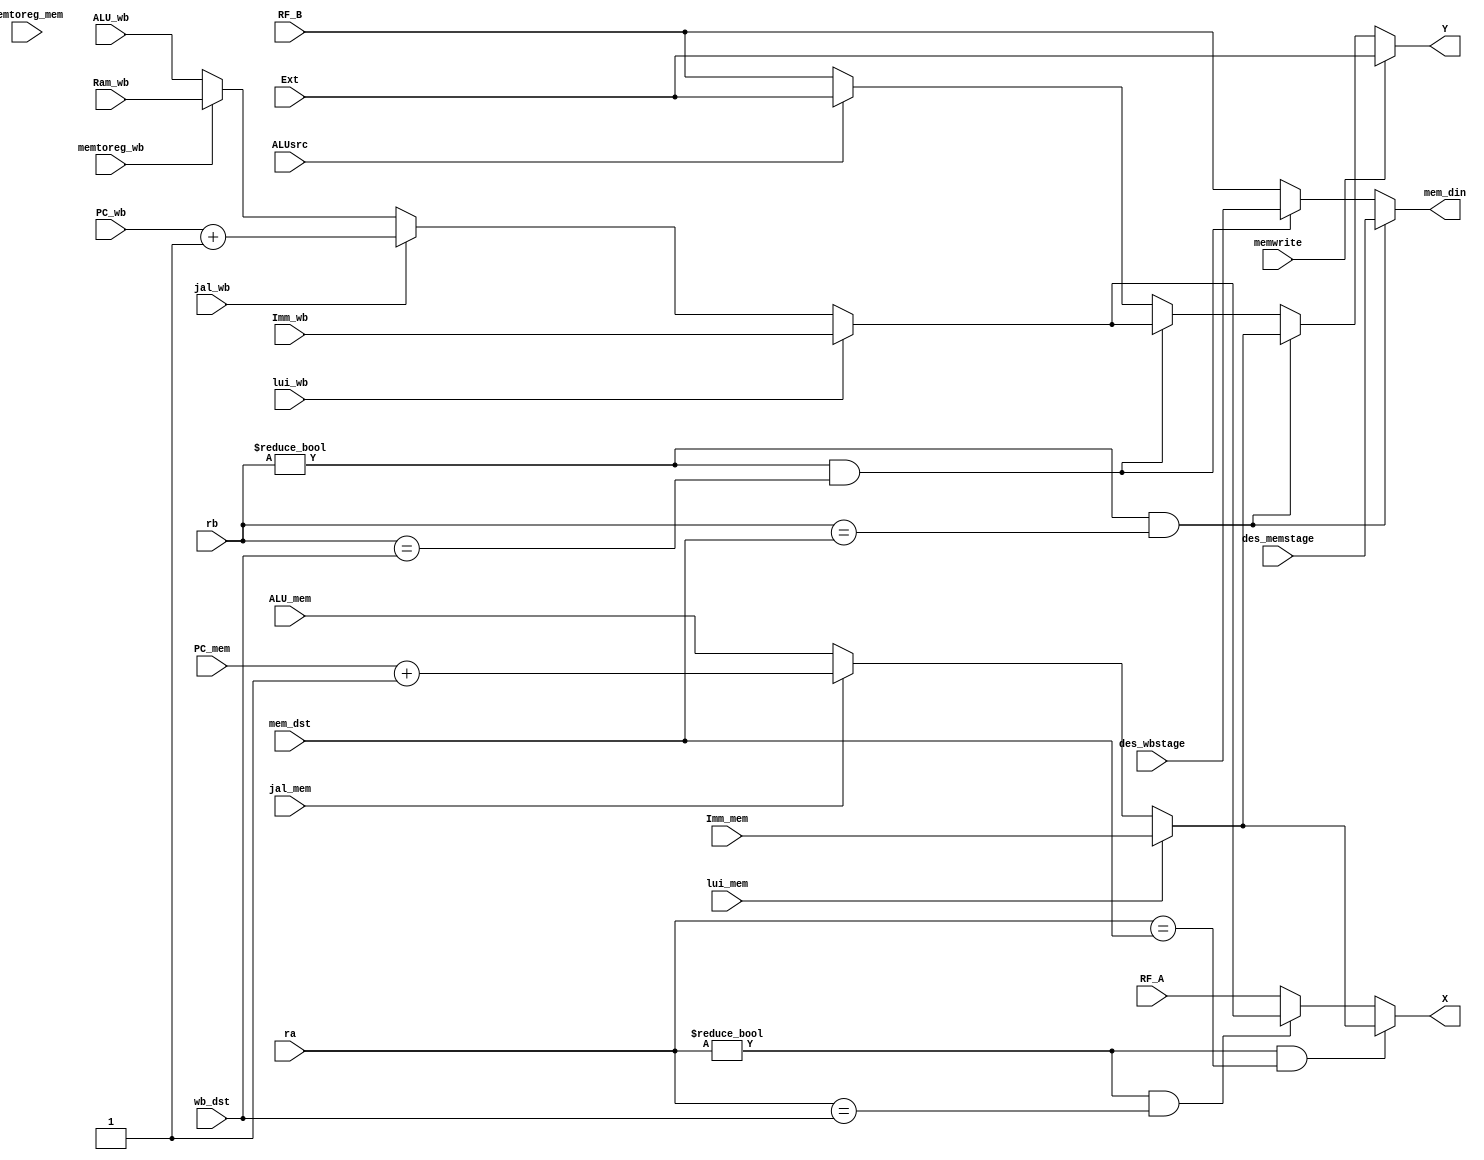
`timescale 1ns / 1ps
//////////////////////////////////////////////////////////////////////////////////
// Company: HUST
// Engineer: 
// 
// Design Name: CPU_Optimal_Streamline
// Module Name: Redirection
// 
//////////////////////////////////////////////////////////////////////////////////

//Redirection
module redirection(
	input	ALUsrc, memwrite,
	input 	[31:0] RF_A, RF_B, Ext, des_memstage, des_wbstage,
	input	[4:0]  ra, rb, mem_dst, wb_dst,
	input	[31:0] Imm_mem, Imm_wb, PC_mem, PC_wb, ALU_mem, ALU_wb/*, Ram_mem*/, Ram_wb,
	input 	lui_mem, lui_wb, jal_mem, jal_wb, memtoreg_mem, memtoreg_wb,
	output	[31:0] X, Y, mem_din
    );
    wire A_rlvto_mem,
    	 B_rlvto_mem,
    	 A_rlvto_wb,
    	 B_rlvto_wb;
    wire	[31:0]	mem_regdin, wb_regdin;
    assign A_rlvto_mem = (ra!=0) & (ra == mem_dst);
    assign A_rlvto_wb  = (ra!=0) & (ra == wb_dst);
    assign B_rlvto_mem = (rb!=0) & (rb == mem_dst);
    assign B_rlvto_wb  = (rb!=0) & (rb == wb_dst);
    assign mem_regdin =  lui_mem?Imm_mem
						:(jal_mem? (PC_mem+1)
							 :ALU_mem);
    assign wb_regdin =  lui_wb?Imm_wb
						:(jal_wb? (PC_wb+1)
							 :(memtoreg_wb? Ram_wb:ALU_wb));						
    assign X = A_rlvto_mem ? mem_regdin : (A_rlvto_wb? wb_regdin : RF_A);
    assign Y = memwrite ? Ext :(B_rlvto_mem ? mem_regdin : (B_rlvto_wb? wb_regdin : (ALUsrc?Ext:RF_B)));
    assign mem_din = B_rlvto_mem ? des_memstage :(B_rlvto_wb ? des_wbstage : RF_B); 
endmodule